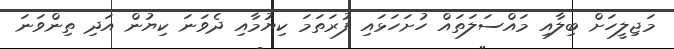
މަޖިލީހަށް ބިލާއި މައްސަލަތައް ހުށަހަޅައި ފުރަތަމަ ކިޔުމާއި ދެވަނަ ކިޔުން އަދި ތިންވަނަ